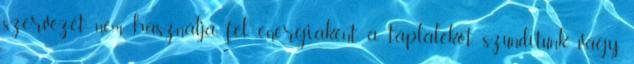
szervezet nem használja fel energiaként a táplálékot, szundítunk, vagy